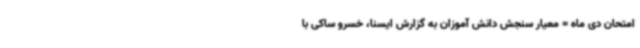
امتحان دی ماه = معیار سنجش دانش آموزان به گزارش ایسنا، خسرو ساکی با